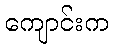
ကျောင်းက